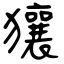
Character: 獽